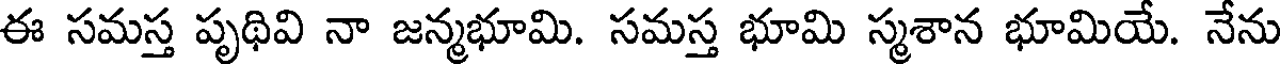
ఈ సమస్త పృథివి నా జన్మభూమి. సమస్త భూమి స్మశాన భూమియే. నేను